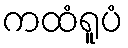
ကထံရူပံ